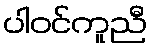
ပါဝင်ကူညီ